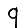
Digit: 9